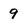
Character: 9